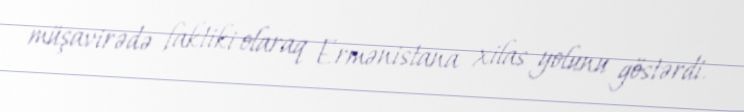
müşavirədə faktiki olaraq Ermənistana xilas yolunu göstərdi.